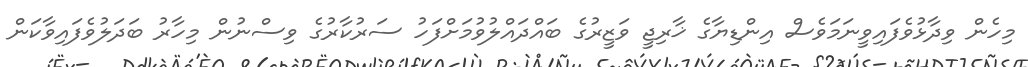
މިހެން ވިދާޅުވެފައިވީނަމަވެސް އިންޑިޔާގެ ޚާރިޖީ ވަޒީރުގެ ބައްދައްލުވުމަށްފަހު ސަރުކާރުގެ ވިސްނުން މިހާރު ބަދަލުވެފައިވާކަން